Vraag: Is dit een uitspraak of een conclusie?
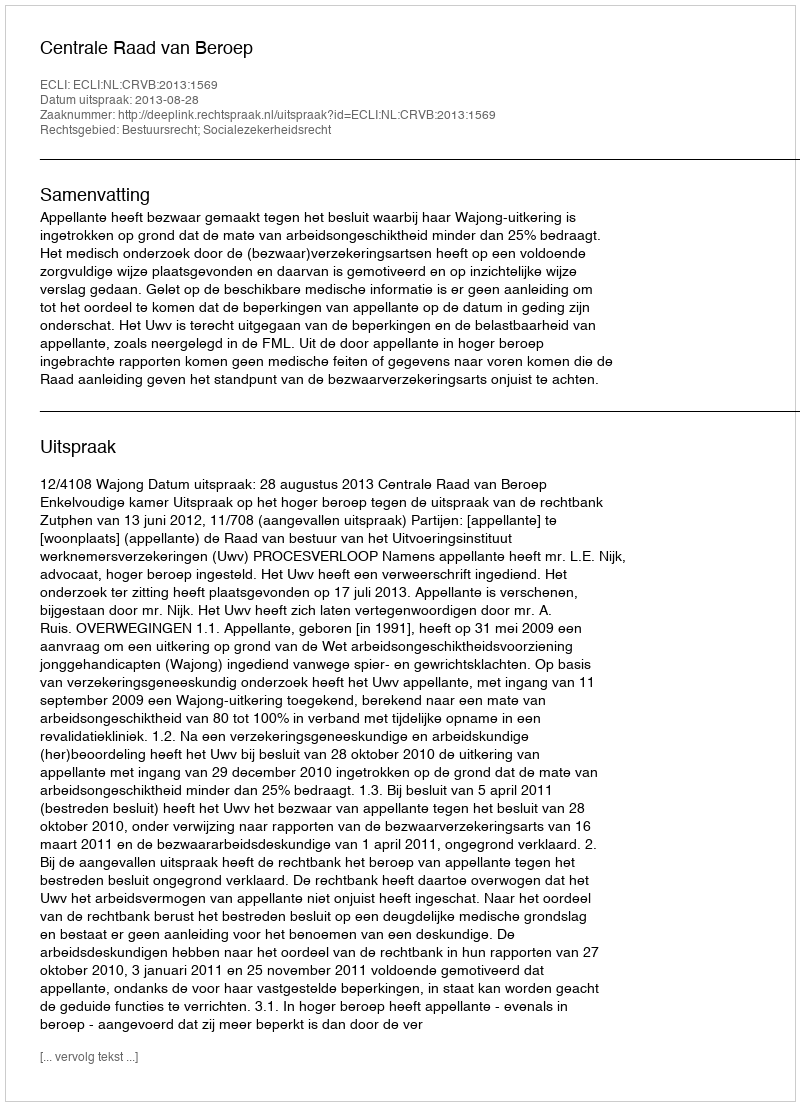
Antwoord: Uitspraak